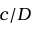
c / D